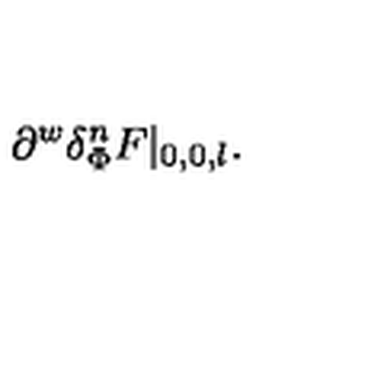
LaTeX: \partial ^ { w } \delta _ { \Phi } ^ { n } F | _ { 0 , 0 , l } .